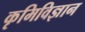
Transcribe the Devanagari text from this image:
कृमिविज्ञान